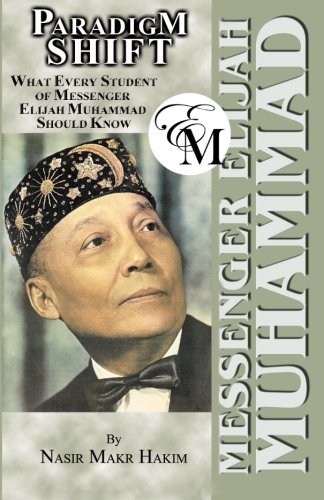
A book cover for PARADIGM SHIFT - What Every Student of Elijah Muhammad Should Know; Nasir Hakim; Religion & Spirituality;